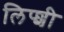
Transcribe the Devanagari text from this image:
लिप्शी